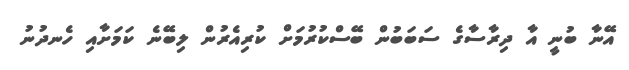
އޭނާ ބުނީ އާ ދިރާސާގެ ސަބަބުން ބޭސްކުރުމަށް ކުރިއެރުން ލިބޭނެ ކަމަށާއި ހެނދުނު